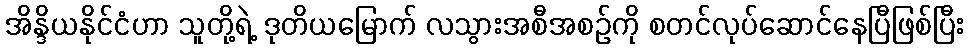
အိန္ဒိယနိုင်ငံဟာ သူတို့ရဲ့ ဒုတိယမြောက် လသွားအစီအစဉ်ကို စတင်လုပ်ဆောင်နေပြီဖြစ်ပြီး